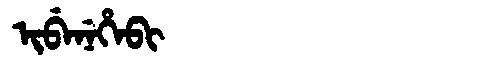
Manchu: ᡳᠪᡝᠨᡝᡥᡝᠪᡳ
Romanization: IBENEHEBI